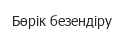
Бөрік безендіру